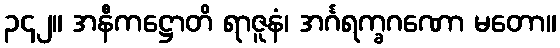
၃၄၂။ အနီကဋ္ဌောတိ ရာဇူနံ၊ အင်္ဂရက္ခဂဏော မတော။